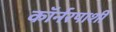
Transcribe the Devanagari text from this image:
कॉर्नरपाशी